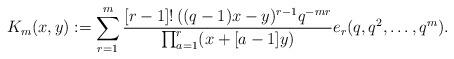
LaTeX: \begin{align*}K_{m}(x, y):=\sum_{r=1}^{m}\frac{[r-1]!\,((q-1)x-y)^{r-1}q^{-mr}}{\prod_{a=1}^{r}(x+[a-1]y)}e_{r}(q, q^{2}, \ldots , q^{m}). \end{align*}